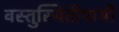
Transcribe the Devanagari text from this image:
वस्तुस्थितीपायी